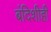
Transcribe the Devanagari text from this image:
बंदिशीही